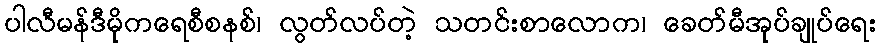
ပါလီမန်ဒီမိုကရေစီစနစ်၊ လွတ်လပ်တဲ့ သတင်းစာလောက၊ ခေတ်မီအုပ်ချုပ်ရေး